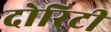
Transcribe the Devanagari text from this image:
दोरिटी